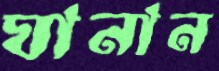
ঘানান